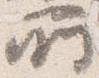
所